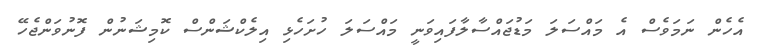
އެހެން ނަމަވެސް އެ މައްސަލަ މަޑުޖައްސާލާފައިވަނީ މައްސަލަ ހުށަހެޅި އިލެކްޝަންސް ކޮމިޝަނުން ފޮނުވަންޖެހޭ